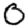
Digit: 0